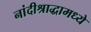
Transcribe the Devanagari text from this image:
नांदीश्राद्धामध्ये